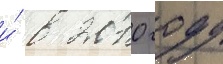
и́ в 2010 году